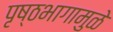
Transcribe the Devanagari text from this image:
पृष्ठभागामुळे